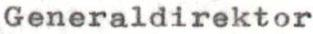
Generaldirektor